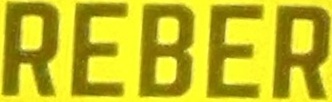
REBER